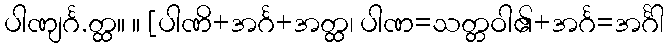
ပါဏျင်္ဂ.တ္ထ။ ။ [ပါဏိ+အင်္ဂ+အတ္ထ၊ ပါဏ=သတ္တဝါ၏+အင်္ဂ=အင်္ဂါ